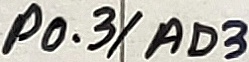
Text: P0.3/AD3